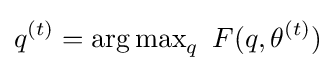
q^{(t)}=\operatorname {arg\,max} _{q}\ F(q,\theta ^{(t)})